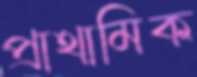
প্রাথামিক